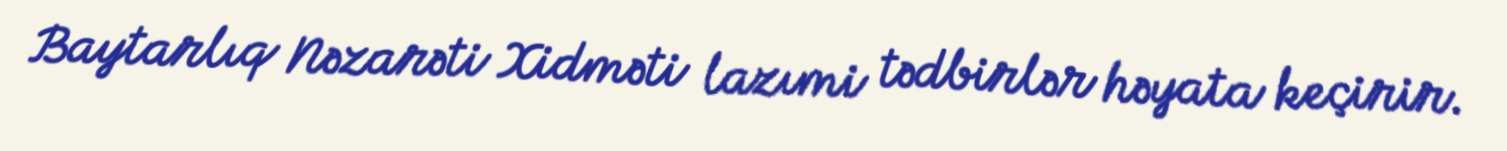
Baytarlıq Nəzarəti Xidməti lazımi tədbirlər həyata keçirir.